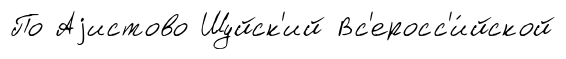
По Аjистово Шуйск'ий Вс'еросс'и́йской